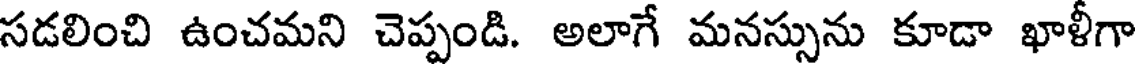
సడలించి ఉంచమని చెప్పండి. అలాగే మనస్సును కూడా ఖాళీగా